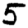
Digit: 5